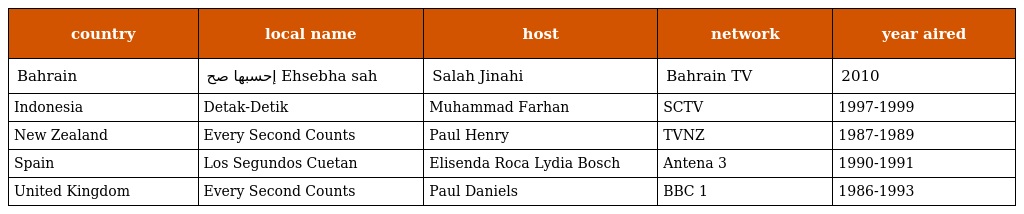
| country | local name | host | network | year aired |
 | --- | --- | --- | --- | --- |
 | Bahrain | إحسبها صح Ehsebha sah | Salah Jinahi | Bahrain TV | 2010 |
 | Indonesia | Detak-Detik | Muhammad Farhan | SCTV | 1997-1999 |
 | New Zealand | Every Second Counts | Paul Henry | TVNZ | 1987-1989 |
 | Spain | Los Segundos Cuetan | Elisenda Roca Lydia Bosch | Antena 3 | 1990-1991 |
 | United Kingdom | Every Second Counts | Paul Daniels | BBC 1 | 1986-1993 |